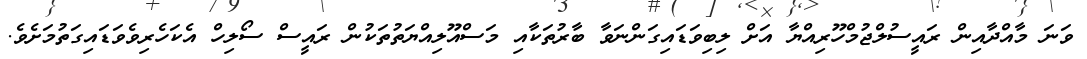
ވަނަ މާއްދާއިން ރައީސުލްޖުމްހޫރިއްޔާ އަށް ލިބިވަޑައިގަންނަވާ ބާރުތަކާއި މަސްއޫލިއްޔަތުތަކުން ރައީސް ސޯލިހް އެކަހެރިވެވަޑައިގަތުމަށެވެ.